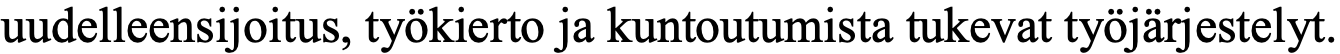
uudelleensijoitus, työkierto ja kuntoutumista tukevat työjärjestelyt.